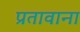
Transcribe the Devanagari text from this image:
प्रतावाना